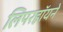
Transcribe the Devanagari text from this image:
लिपरहॉयने